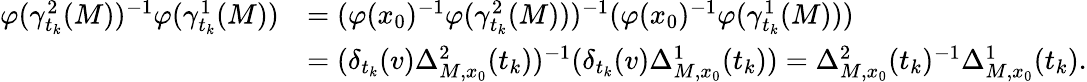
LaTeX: \begin{array}{rl}{\varphi(\gamma_{t_{k}}^{2}(M))^{-1}\varphi(\gamma_{t_{k}}^{1}(M))}&{=(\varphi(x_{0})^{-1}\varphi(\gamma_{t_{k}}^{2}(M)))^{-1}(\varphi(x_{0})^{-1}\varphi(\gamma_{t_{k}}^{1}(M)))}\\ &{=(\delta_{t_{k}}(v)\Delta_{M,x_{0}}^{2}(t_{k}))^{-1}(\delta_{t_{k}}(v)\Delta_{M,x_{0}}^{1}(t_{k}))=\Delta_{M,x_{0}}^{2}(t_{k})^{-1}\Delta_{M,x_{0}}^{1}(t_{k}).}\end{array}